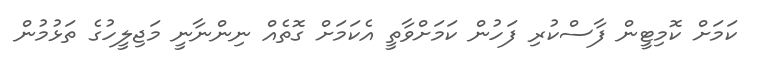
ކަމަށް ކޮމިޓީން ފާސްކުރި ފަހުން ކަމަށްވާތީ އެކަމަށް ގޮތެއް ނިންނާނީ މަޖިލީހުގެ ތަޅުމުން